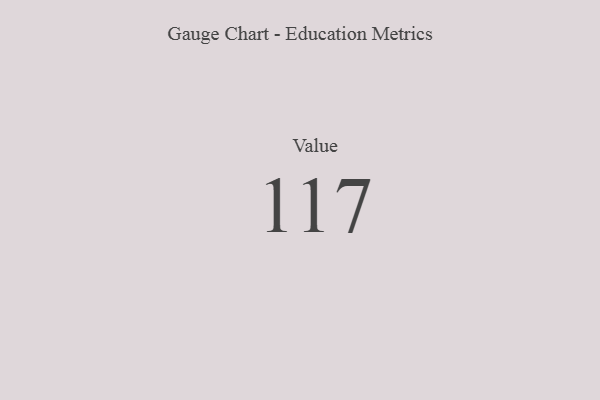
{"axis": {"x": "Metric", "y": "Value"}, "legend": [""], "data": [{"x": "Value", "y": 117, "type": ""}]}